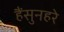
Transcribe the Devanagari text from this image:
हैंसुनहरे